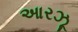
આરઝૂ